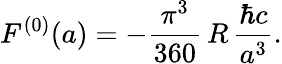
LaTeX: F^{(0)}(a)=-\frac{\pi^{3}}{360}\, R\, \frac{\hbar c}{a^{3}}.